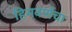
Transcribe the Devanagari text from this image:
हिमवर्णचा